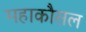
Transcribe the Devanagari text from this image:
महाकौसल